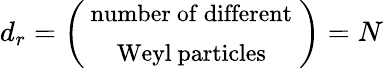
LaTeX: d_{r}=\left(\begin{array}{c}{{\mathrm{{\small~number~of~different}~}}}\\ {{\mathrm{{\small~Weyl~particles}~}}}\end{array}\right)=N